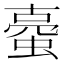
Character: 𧍾